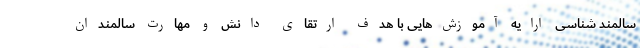
سالمند شناسی ارایه آموزش‌هایی با هدف ارتقای دانش و مهارت سالمندان